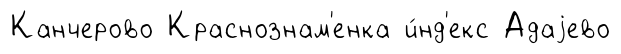
Канчерово Краснознам'енка и́нд'екс Адаjево